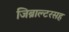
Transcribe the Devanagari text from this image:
जिब्राल्टरसह